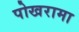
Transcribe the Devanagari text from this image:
पोखरामा